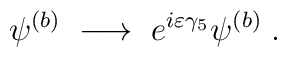
\psi^{(b)} \; \longrightarrow \; e^{i \varepsilon \gamma_5}\psi^{(b)} \; .